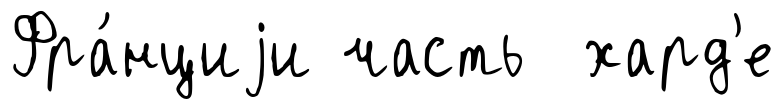
Фра́нциjи часть хард'е